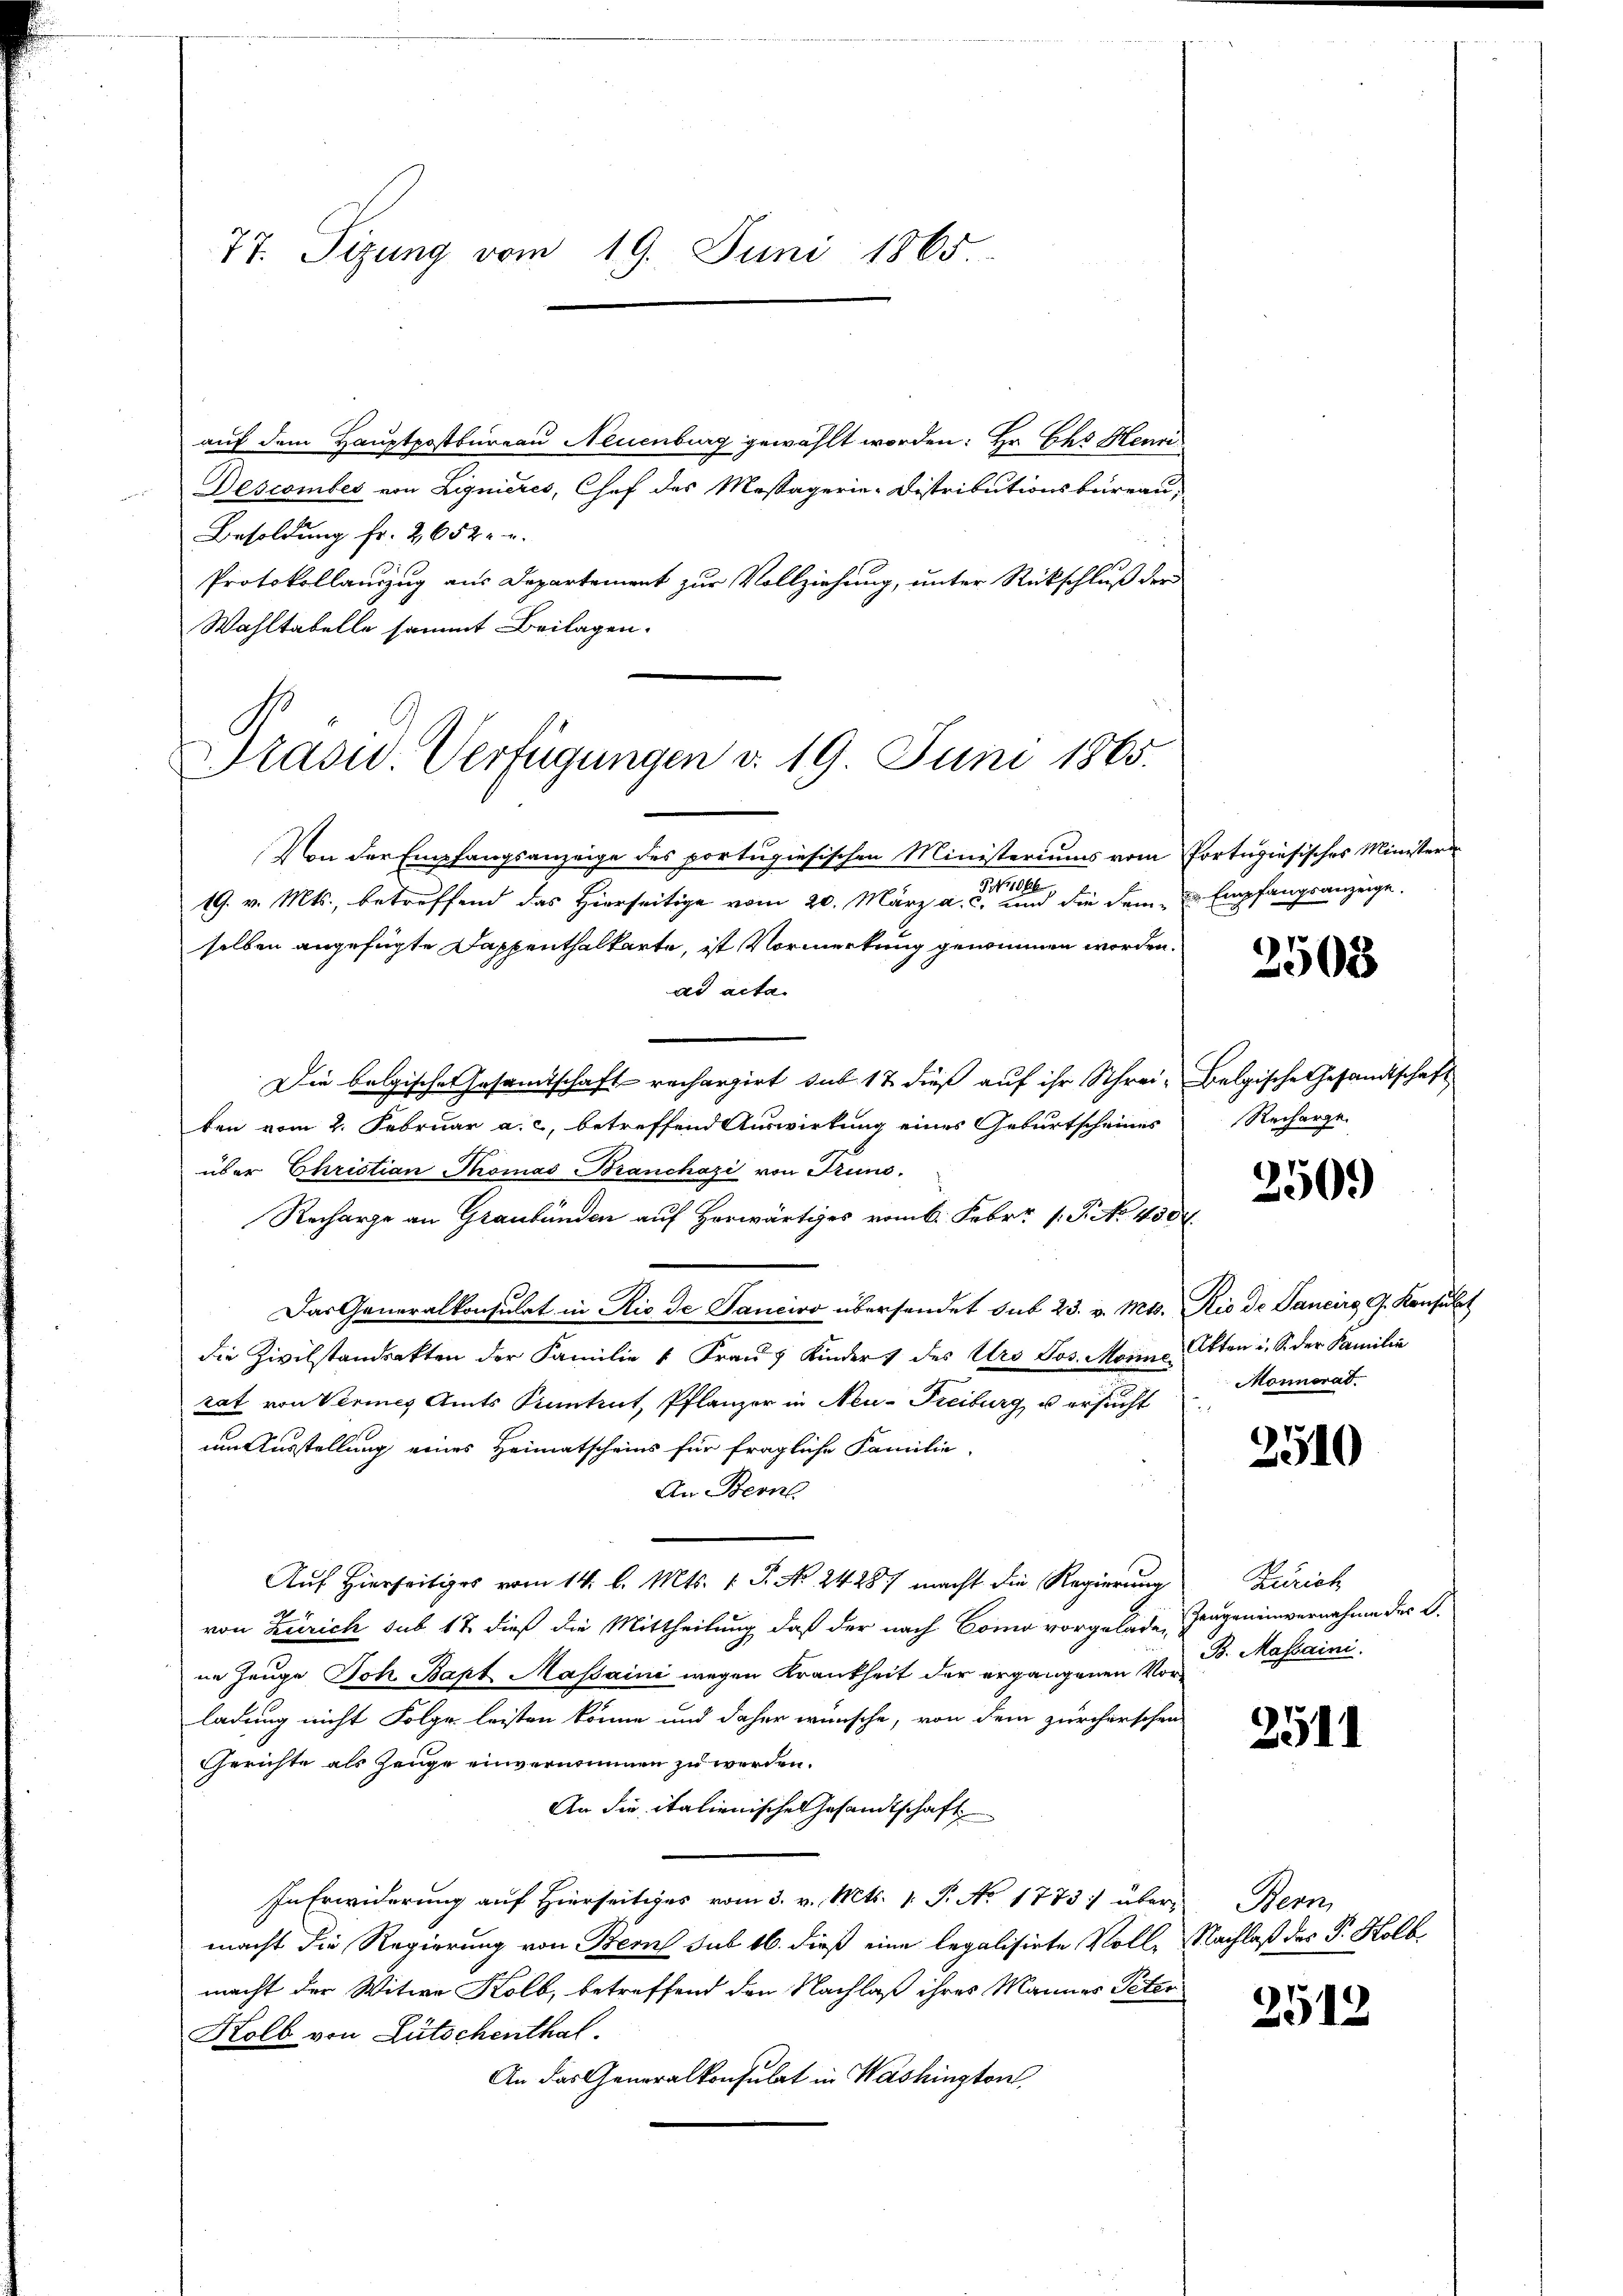
77. Sizung vom 19. Juni 1865.

auf dem Hauptpostbureau Neuenburg gewählt worden: Hr. Das Mann
Descomber von Lignieres, Chef des Massagerie-Distributionsbüreaus
Besoldung fr. 2652 u.
Protokollanzug aus Departement zur Vollziehung, unter Rückschluß der
Wahltabelle sammt Beilagen.

Präsid. Verfügungen d. 19. Juni 1865.

Von der Empfangsanzeige des portugisischen Ministeriums vom Portugisisches Minister¬
N 1066
19. v. Mts., betreffend das Hierseitige vom 20. März a. c. und die dem Empfangsanzeige.
selben angefügte Dappenthalkarte, ist Vormerkung genommen worden.
ad acta.
Die belgische Gesamtschaft rechargirt sub 12 dieß auf ihr Schrei- Belgische Gesandtschaft
ten vom 2. Februar a. c. betreffend Auswirkung eines Geburtscheines
über Christian Thomas Branchazi von Truno¬
Recharge an Graubünden auf Horwärtiges vom 6. Febr. 1. No 430.
Das Generalkonsulat in Rio de Tanciro übersendet sub 23. v. Mts. Rio de Janeirg, G. Konsulat
die Zivilstandrakten der Familie " Fraŭ Kinder) des Urs Jos. Moić, Akten u. S. der Familie
rat von Vermes Amts Kantent, Pflanzer in Neu-Freiburg, u ersucht
um Ausstellung eines Heimatscheins für fragliche Familie-
An Berns
Auf Hierseits vom 14. l. Mts. 1. P. Nr. 24287 macht die Regierung
von Zürich sub 17 dieß die Mittheilung daß der nach Como vorgelade, Zeugen einvernehme der B.
ne Zeuge Joh. Bapt Massaini wegen Krankheit der ergangenen Vorladung nicht Folge leisten könne und daher wünsche, von dem zürcherschen
Gerichte als Zeuge einvernommen zu werden.
An die italienische Gesandtschaft
In Erwiderung auf Hierseitiges vom 3. v. Mts. 1. P. No 1773) über Bern,
macht die Regierung von Bern sub 16. dieß eine legalisirte Volle Nachlaß des P. Kolb,
macht der Witwe Kolb, betreffend den Nachlaß ihres Mannes Peter
Kolb von Lütschenthal.
An das Generalkonsulat in Washington,

2508

Recharge.

2509

Monnerat.

2510

Zürich
B. Massaini.

2511

2512